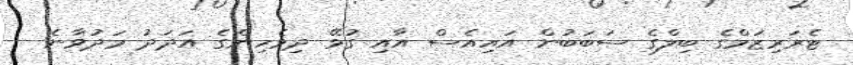
ޓެރަރިޒަމްގެ ބިލްގެ ސަބަބުން އައިއެސް އާއި ގުޅޭ ދިވެހިންގެ އަދަދު މަދުވާނެ